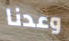
وعدنا